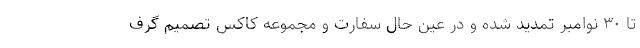
تا ۳۰ نوامبر تمدید شده و در عین حال سفارت و مجموعه کاکس تصمیم گرف